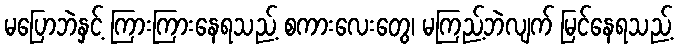
မပြောဘဲနှင့် ကြားကြားနေရသည့် စကားလေးတွေ၊ မကြည့်ဘဲလျက် မြင်နေရသည့်